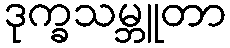
ဒုက္ခသမ္ဘူတာ